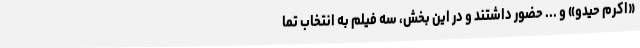
«اکرم حیدو» و ... حضور داشتند و در این بخش، سه فیلم به انتخاب تما